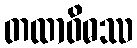
တထာဝိဓဿ